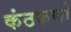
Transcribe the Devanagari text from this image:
कंठकणी